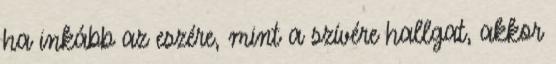
ha inkább az eszére, mint a szívére hallgat, akkor